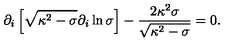
\partial _ { i } \left[ \sqrt { \kappa ^ { 2 } - \sigma } \partial _ { i } \ln { \sigma } \right] - { \frac { 2 \kappa ^ { 2 } \sigma } { \sqrt { \kappa ^ { 2 } - \sigma } } } = 0 .